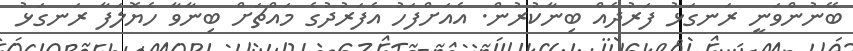
ބޭނުންވަނީ ރަނގަޅު ފަރުދެއް ބިނާކުރުން. އެއަށްފަހު އެފަރުދުގެ މައްޗަށް ބިނާވާ ހެޔޮލަފާ ރަނގަޅު